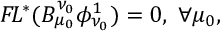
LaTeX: { \cal F } \! L ^ { * } ( B _ { \mu _ { 0 } } ^ { \nu _ { 0 } } \phi _ { \nu _ { 0 } } ^ { 1 } ) = 0 , \ \forall \mu _ { 0 } ,